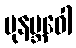
ပုနဗ္ဘဝေါ